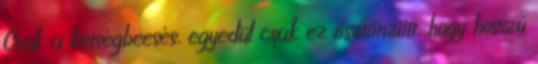
Csak a kétségbeesés, egyedül csak ez ösztönzött, hogy hosszú